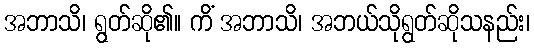
အဘာသိ၊ ရွတ်ဆို၏။ ကိံ အဘာသိ၊ အဘယ်သိုရွတ်ဆိုသနည်း၊